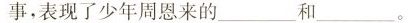
事，表现了少年周恩来的___和___。